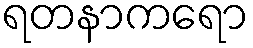
ရတနာကရော